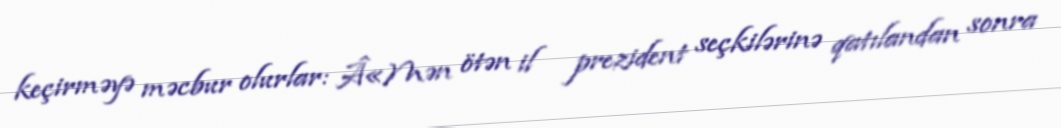
keçirməyə məcbur olurlar: Â«Mən ötən il prezident seçkilərinə qatılandan sonra